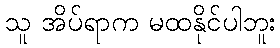
သူ အိပ်ရာက မထနိုင်ပါဘူး